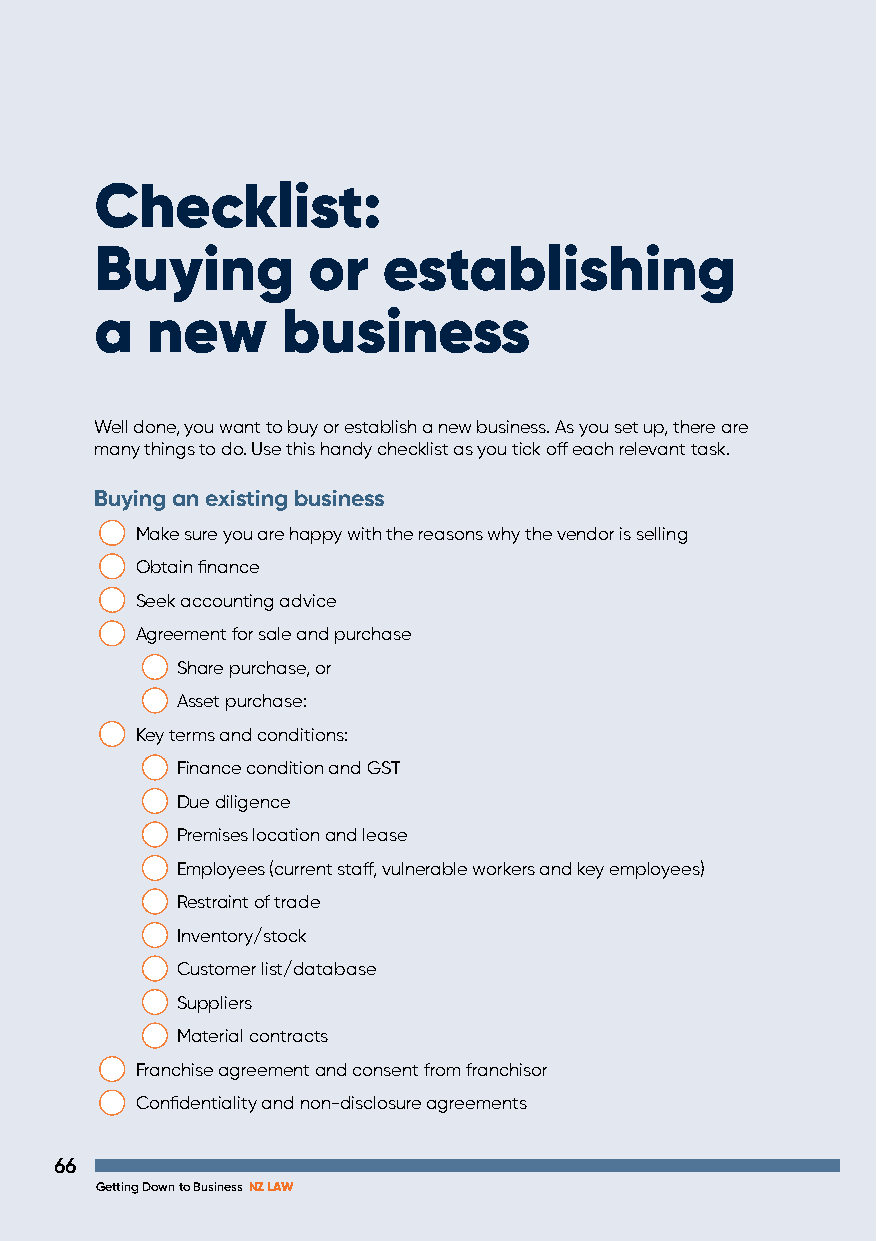
Checklist:
 Buying        or   establishing
 a   new      business
 Well done, you want to buy or establish a new business. As you set up, there are
 many things to do. Use this handy checklist as you tick off each relevant task.
 Buying an existing business
 Make sure you are happy with the reasons why the vendor is selling
 Obtain finance
 Seek accounting advice
 Agreement for sale and purchase
 Share purchase, or
 Asset purchase:
 Key terms and conditions:
 Finance condition and GST
 Due diligence
 Premises location and lease
 Employees (current staff, vulnerable workers and key employees)
 Restraint of trade
 Inventory/stock
 Customer list/database
 Suppliers
 Material contracts
 Franchise agreement and consent from franchisor
 Confidentiality and non-disclosure agreements
 66
 Getting Down to Business NZ LAW